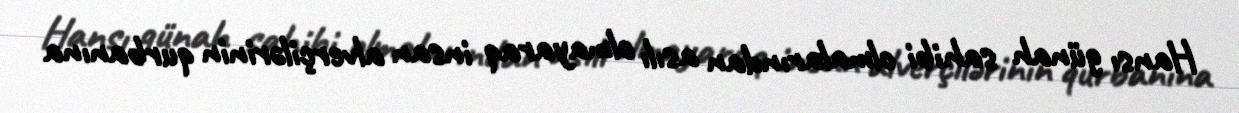
Hansı günah sahibi olmalarından asılı olmayaraq insan alverçilərinin qurbanına